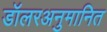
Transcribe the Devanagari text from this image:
डॉलरअनुमानित